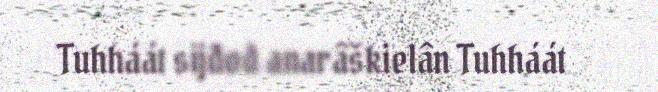
Tuhháát sijđod anarâškielân Tuhháát